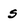
Character: s